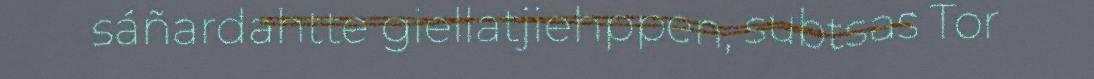
sáñardahtte giellatjiehppen, subtsas Tor